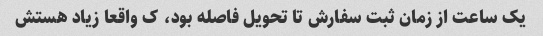
یک ساعت از زمان ثبت سفارش تا تحویل فاصله بود، ک واقعا زیاد هستش